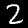
Label: 2